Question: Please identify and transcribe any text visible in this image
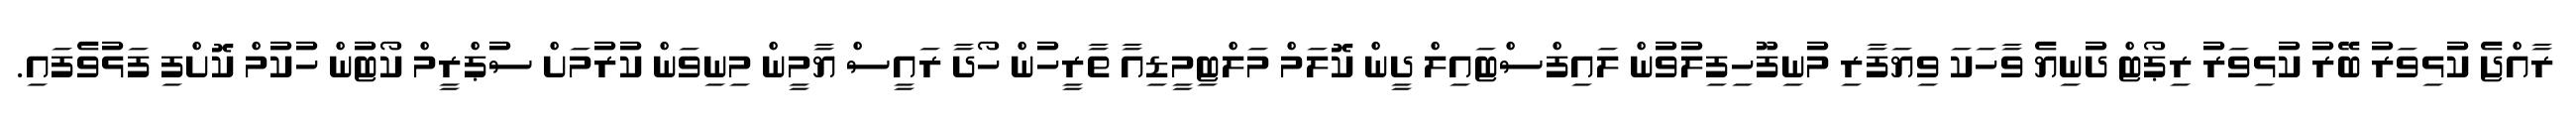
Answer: ރާއްޖެ ކުޅިވަރު ބޭރު ކުޅިވަރު ރިޕޯޓް ދުނިޔެ ވާހަކަ ވިޔަފާރި މުނިފޫހިފިލުވުން ލައިފްސްޓައިލް ދީން ކޮލަމް މަލްޓިމީޑިއާ ތާރީހުން ހޯދާ ރައީސް ޔާމީން މިނިވަން ކުރުމަށް ސުޕްރީމް ކޯޓުން ހުކުމް ކޮށްފި ފަޅުވެފައި.